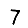
Digit: 7